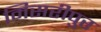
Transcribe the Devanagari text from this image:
मिसरीपुर